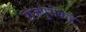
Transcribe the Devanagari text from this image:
राजपुरीकडे